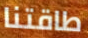
طاقتنا